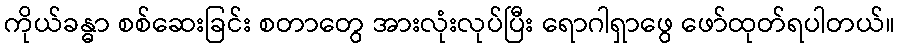
ကိုယ်ခန္ဓာ စစ်ဆေးခြင်း စတာတွေ အားလုံးလုပ်ပြီး ရောဂါရှာဖွေ ဖော်ထုတ်ရပါတယ်။